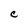
Character: C